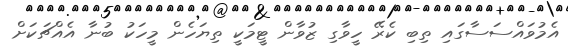
އެމުވައްސަސާގައި ތިބި ކެރޭ ހީވާގި ޒުވާން ޓީމަކީ ތިޔަހެން މީހަކު ބުނާ އެއްޗަކަށް